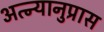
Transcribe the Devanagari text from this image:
अत्न्यानुप्रास